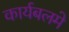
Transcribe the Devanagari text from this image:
कार्यबलमे